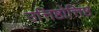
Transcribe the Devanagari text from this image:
उत्तिष्ठोत्तिष्ठ